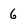
Character: 6